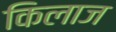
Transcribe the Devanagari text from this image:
किलाज